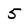
Character: 5